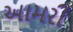
આમરી